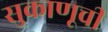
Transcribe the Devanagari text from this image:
सुकाणूची